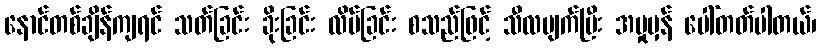
နောင်တစ်ချိန်ကျရင် သတ်ခြင်း ခိုးခြင်း လိမ်ခြင်း စသည်ဖြင့် သီလပျက်ပြီး အမှုမှန် ပေါ်တတ်ပါတယ်၊